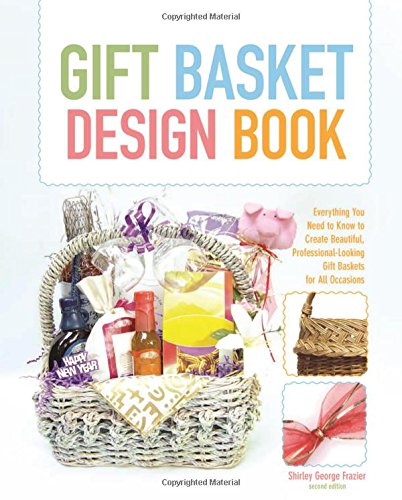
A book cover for Gift Basket Design Book: Everything You Need To Know To Create Beautiful, Professional-Looking Gift Baskets For All Occasions; Shirley Frazier; Crafts, Hobbies & Home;